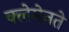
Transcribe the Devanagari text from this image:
क्लेमेनते